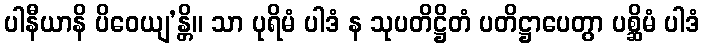
ပါနီယာနိ ပိဝေယျ’န္တိ။ သာ ပုရိမံ ပါဒံ န သုပတိဋ္ဌိတံ ပတိဋ္ဌာပေတွာ ပစ္ဆိမံ ပါဒံ